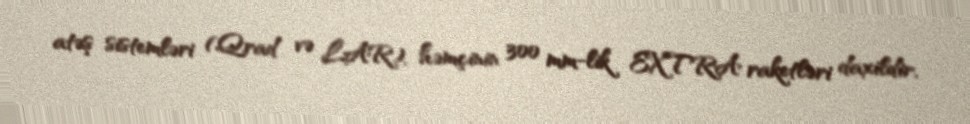
atəş sistemləri (Qrad və LAR), həmçinin 300 mm-lik EXTRA raketləri daxildir.